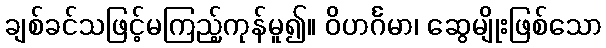
ချစ်ခင်သဖြင့်မကြည့်ကုန်မူ၍။ ဝိဟင်္ဂမာ၊ ဆွေမျိုးဖြစ်သော